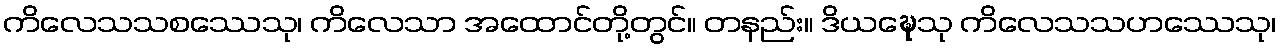
ကိလေသသစဿေသု၊ ကိလေသာ အထောင်တို့တွင်။ တနည်း။ ဒိယဍ္ဎေသု ကိလေသသဟဿေသု၊